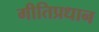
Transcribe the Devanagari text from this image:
गीतिप्रधान